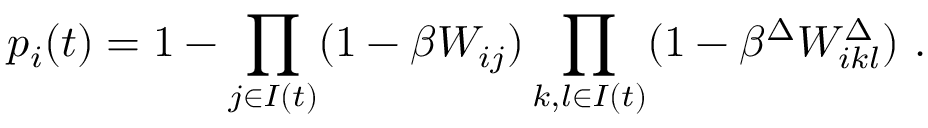
p _ { i } ( t ) = 1 - \prod _ { j \in I ( t ) } ( 1 - \beta W _ { i j } ) \prod _ { k , l \in I ( t ) } ( 1 - \beta ^ { \Delta } W _ { i k l } ^ { \Delta } ) \ .